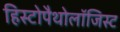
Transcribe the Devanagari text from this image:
हिस्टोपैथोलॉजिस्ट